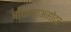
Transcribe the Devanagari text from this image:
बांधण्याअगोदर